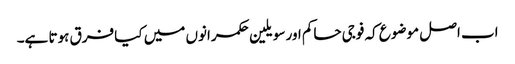
اب اصل موضوع کہ فوجی حاکم اور سویلین حکمرانوں میں کیا فرق ہوتا ہے۔